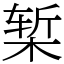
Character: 椠